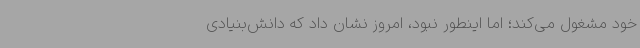
خود مشغول می‌کند؛ اما اینطور نبود، امروز نشان داد که دانش‌بنیادی